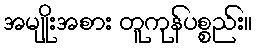
အမျိုးအစား တူကုန်ပစ္စည်း။